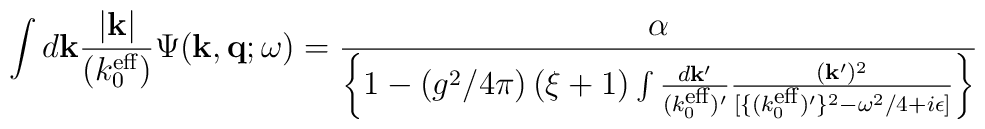
\int d{\bf k}\frac{|{\bf k}|}{(k_{0}^{\mbox{\scriptsize eff}})}\Psi({\bf k},{\bf q};\omega)=\frac{\alpha}{\left\{1-\left(g^{2}/4\pi\right)(\xi+1)\int \frac{d{\bf k}'}{(k_{0}^{\mbox{\scriptsize eff}})'}\frac{({\bf k}')^{2}}{[\{(k_{0}^{\mbox{\scriptsize eff}})'\}^{2}-\omega^{2}/4+i\epsilon]}\right\}}